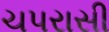
ચપરાસી